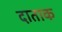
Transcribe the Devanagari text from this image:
दाताक